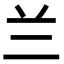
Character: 兰